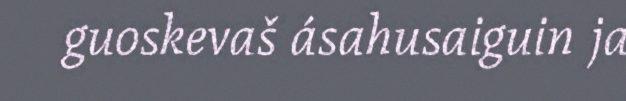
guoskevaš ásahusaiguin ja